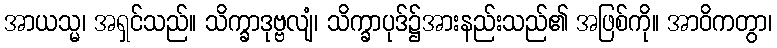
အာယသ္မ၊ အရှင်သည်။ သိက္ခာဒုဗ္ဗလျံ၊ သိက္ခာပုဒ်၌အားနည်းသည်၏ အဖြစ်ကို။ အာဝိကတွာ၊